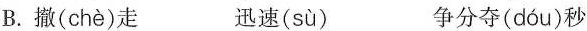
B.撤( chè )走 迅速( sù ) 争分夺( dóu )秒